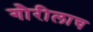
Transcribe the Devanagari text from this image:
गौरीलाच